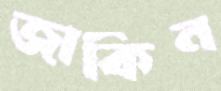
জাকিন